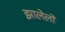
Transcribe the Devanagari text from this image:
झालेलो